Leaving Certificate Examination, 1913
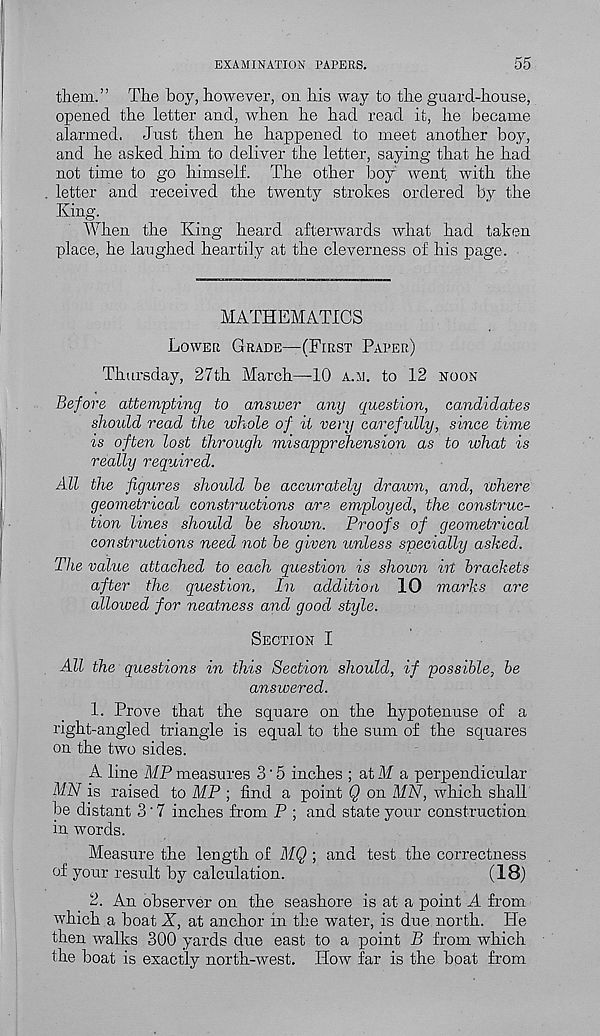
EXAMINATION PAPERS.
55
them.” The boy, however, on his way to the guard-house,
opened the letter and, when he had read it, he became
alarmed. Just then he happened to meet another boy,
and he asked him to deliver the letter, saying that he had
not time to go himself. The other boy went with the
letter and received the twenty strokes ordered by the
King.
When the King heard afterwards what had taken
place, he laughed heartily at the cleverness of his page.
MATHEMATICS
Lower Grade—(First Paper)
Thursday, 27th March—10 a.m. to 12 noon
Before attempting to answer any question, candidates
should read the whole of it very carefully, since time
is often lost through misapprehension as to what is
really required.
All the figures should he accurately drawn, and, where
geometrical constructions are employed, the construc-
tion lines should he shown. Proofs of geometrical
constructions need not he given unless specially asked.
The value attached to each question is shown in brackets
after the question, In addition 10 marks are
allowed for neatness and good style.
Section I
All the questions in this Section should, if possible, he
answered.
1. Prove that the square on the hypotenuse of a
right-angled triangle is equal to the sum of the squares
on the two sides.
A line MP measures 3'5 inches ; at M a perpendicular
MN is raised to MP ; find a point Q on MN, which shall
be distant 3 ‘ 7 inches from P ; and state your construction
in words.
Measure the length of MQ ; and test the correctness
of your result by calculation.
(18)
2. An observer on the seashore is at a point A from
which a boat X, at anchor in the water, is due north. He
then walks 300 yards due east to a point B from which
the boat is exactly north-west. How far is the boat from